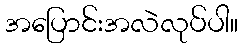
အပြောင်းအလဲလုပ်ပါ။